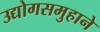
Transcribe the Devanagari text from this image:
उद्योगसमुहाने